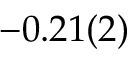
- 0 . 2 1 ( 2 )